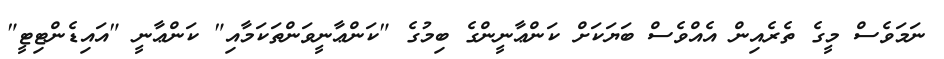
ނަމަވެސް މީގެ ތެރެއިން އެއްވެސް ބަޔަކަށް ކަންޢާނީންގެ ބިމުގެ "ކަންޢާނީވަންތަކަމާއި" ކަންޢާނީ "އައިޑެންޓިޓީ"